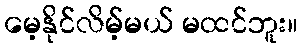
မေ့နိုင်လိမ့်မယ် မထင်ဘူး။